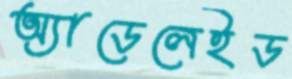
অ্যাডেলেইড